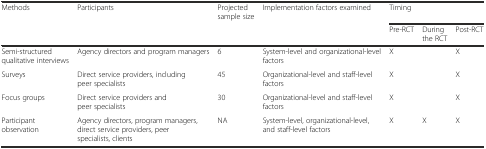
| Methods | Participants | Projected sample size | Implementation factors examined | <COLSPAN=3> Timing |
 |  |  |  |  | Pre-RCT | During the RCT | Post-RCT |
 | --- | --- | --- | --- | --- | --- | --- |
 | Semi-structured qualitative interviews | Agency directors and program managers | 6 | System-level and organizational-level factors | X |  | X |
 | Surveys | Direct service providers, including peer specialists | 45 | Organizational-level and staff-level factors | X |  | X |
 | Focus groups | Direct service providers and peer specialists | 30 | Organizational-level and staff-level factors | X |  | X |
 | Participant observation | Agency directors, program managers, direct service providers, peer specialists, clients | NA | System-level, organizational-level, and staff-level factors | X | X | X |